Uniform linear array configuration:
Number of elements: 24
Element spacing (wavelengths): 0.75
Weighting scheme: hamming
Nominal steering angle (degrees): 0
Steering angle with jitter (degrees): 1.985
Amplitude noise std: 0.05
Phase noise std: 0.05

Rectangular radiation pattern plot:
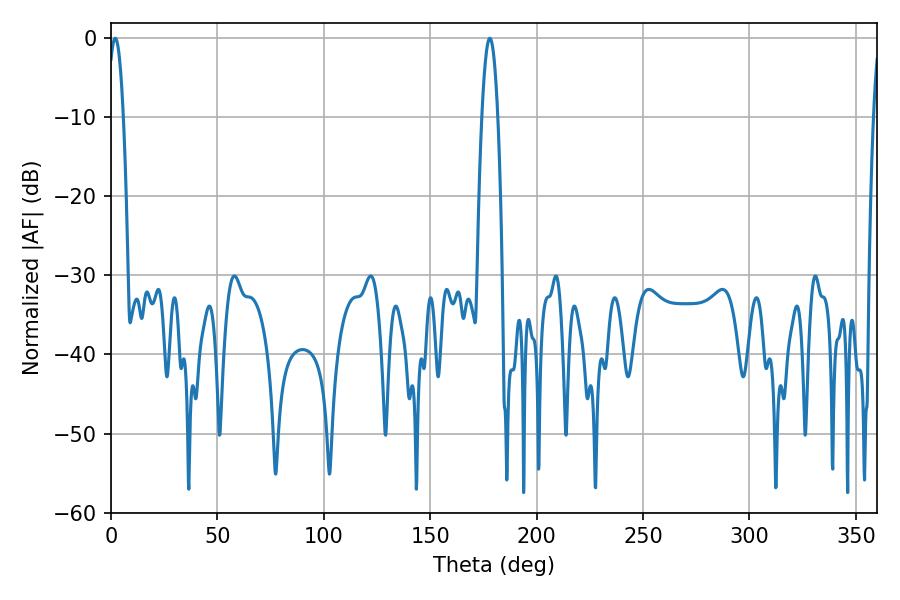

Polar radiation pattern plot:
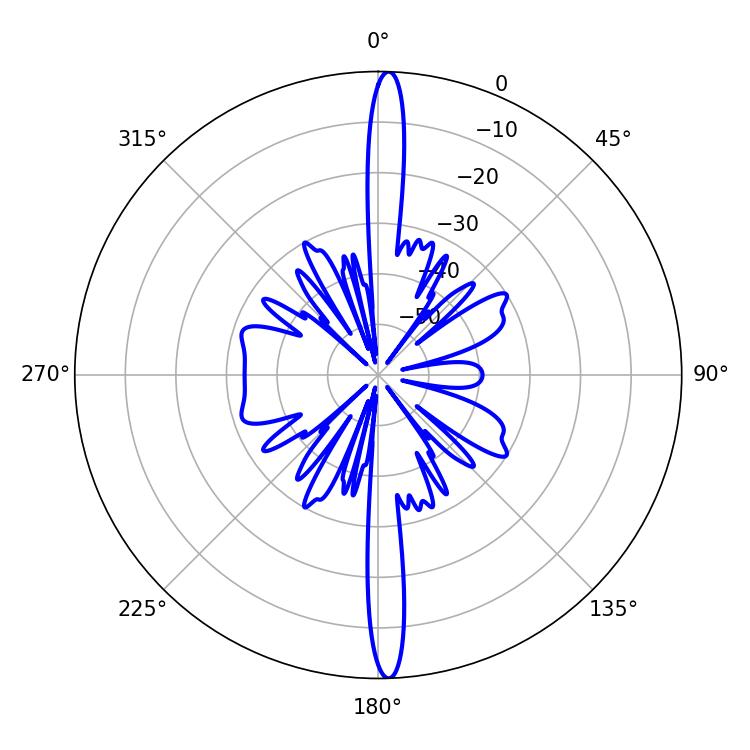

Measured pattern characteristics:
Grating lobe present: TRUE
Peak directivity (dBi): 25.723
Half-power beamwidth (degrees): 3.96
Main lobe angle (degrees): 1.98